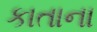
કાતાના